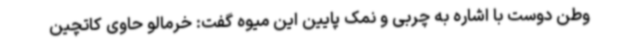
وطن دوست با اشاره به چربی و نمک پایین این میوه گفت: خرمالو حاوی کاتچین